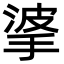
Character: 㨇